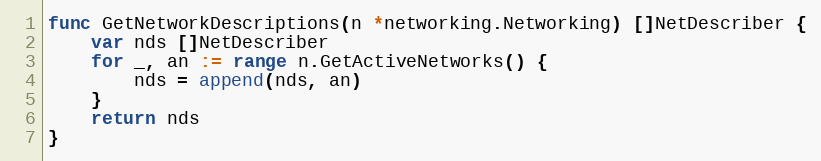
Language: Go
func GetNetworkDescriptions(n *networking.Networking) []NetDescriber {
	var nds []NetDescriber
	for _, an := range n.GetActiveNetworks() {
		nds = append(nds, an)
	}
	return nds
}